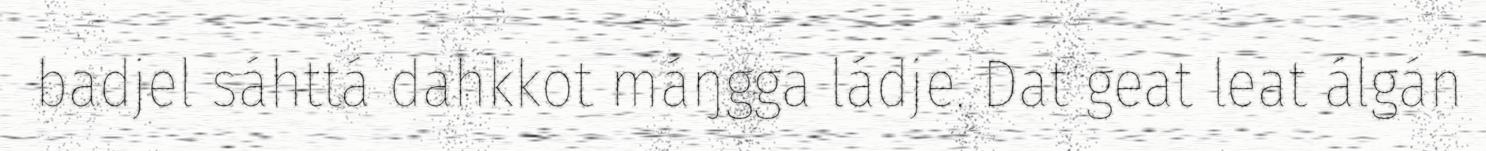
badjel sáhttá dahkkot máŋgga ládje. Dat geat leat álgán